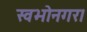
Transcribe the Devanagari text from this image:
स्वभोनगर।